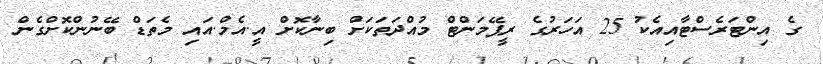
ގެ އިންޓަރެސްޓާއިއެކު 25 އަހަރުގެ ރީޕޭމަންޓް މުއްދަތަކަށް ބިނާކޮށް އީ.އެމް.އައި މެތަޑް ބޭނުންކޮށްގެން